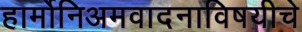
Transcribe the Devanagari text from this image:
हार्मोनिअमवादनाविषयीचे